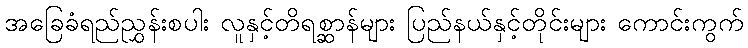
အခြေခံရည်ညွှန်းစပါး လူနှင့်တိရစ္ဆာန်များ ပြည်နယ်နှင့်တိုင်းများ ကောင်းကွက်